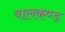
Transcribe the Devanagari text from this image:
बालकण्ड